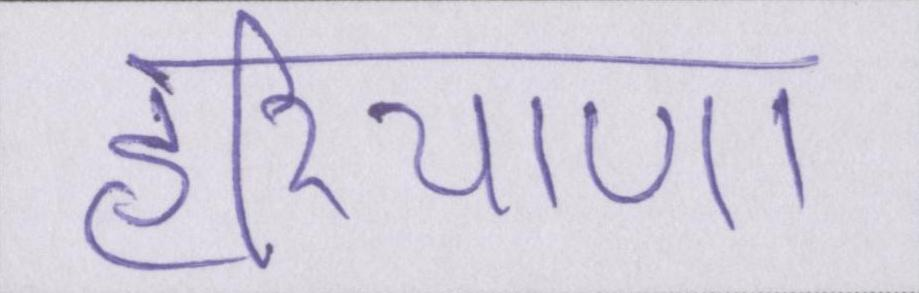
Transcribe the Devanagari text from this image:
हरियाणा